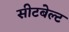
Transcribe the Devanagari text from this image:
सीटबेल्‍ट